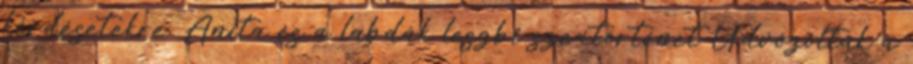
kérdésetekre. Anita és a labdák leszbi szextörténet Üdvözöltük a